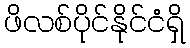
ဖိလစ်ပိုင်နိုင်ငံရှိ